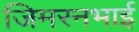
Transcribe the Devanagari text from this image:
जिमरनभाई